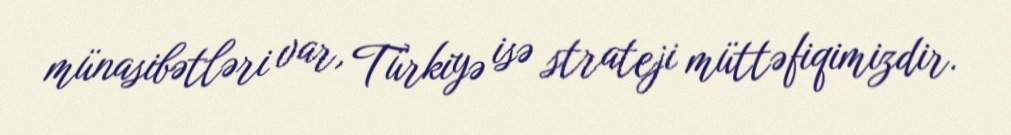
münasibətləri var, Türkiyə isə strateji müttəfiqimizdir.